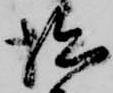
拙